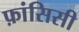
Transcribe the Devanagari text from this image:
फ़ांसिसी